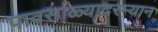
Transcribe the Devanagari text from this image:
पावसाळ्यादरम्यान